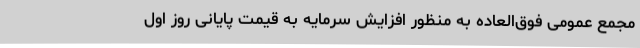
مجمع عمومی فوق‌العاده به منظور افزایش سرمایه به قیمت پایانی روز اول